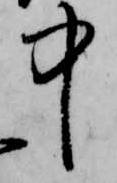
中